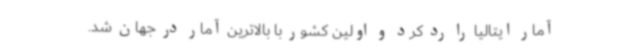
آمار ایتالیا را رد کرد و اولین کشور با بالاترین آمار در جهان شد.